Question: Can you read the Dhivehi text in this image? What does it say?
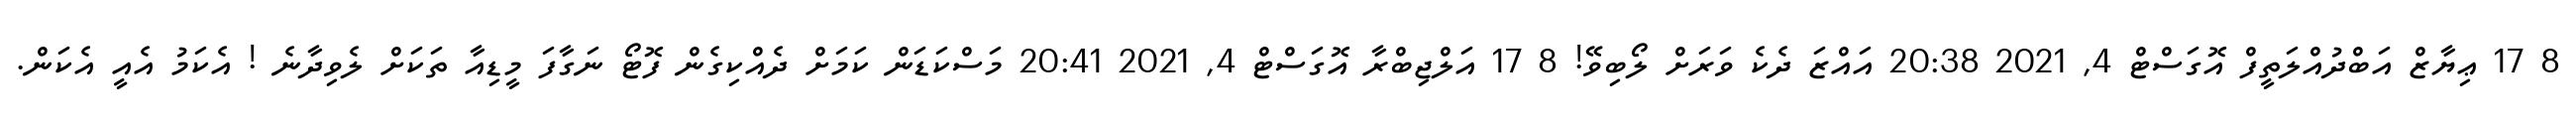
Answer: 8 17 ޢިޔާޒް އަބްދުއްލަތީފް އޮގަސްޓް 4, 2021 20:38 އައްޒަ ދެކެ ވަރަށް ލޯބިވޭ! 8 17 އަލްޖިބްރާ އޮގަސްޓް 4, 2021 20:41 މަސްކަޑަން ކަމަށް ދެއްކިގެން ފޮޓޯ ނަގާފަ މީޑިއާ ތަކަށް ލެވިދާނެ ! އެކަމު އެއީ އެކަން.